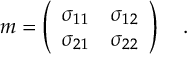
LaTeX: m = \left( \begin{array} { l l } { { \sigma _ { 1 1 } } } & { { \sigma _ { 1 2 } } } \\ { { \sigma _ { 2 1 } } } & { { \sigma _ { 2 2 } } } \end{array} \right) ~ ~ ~ .